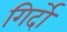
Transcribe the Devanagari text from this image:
गिर्दों